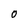
Character: O